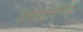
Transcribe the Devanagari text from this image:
देवांप्रमाणेच